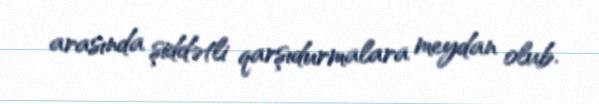
arasında şiddətli qarşıdurmalara meydan olub.